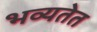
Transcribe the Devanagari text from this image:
भव्यतेत